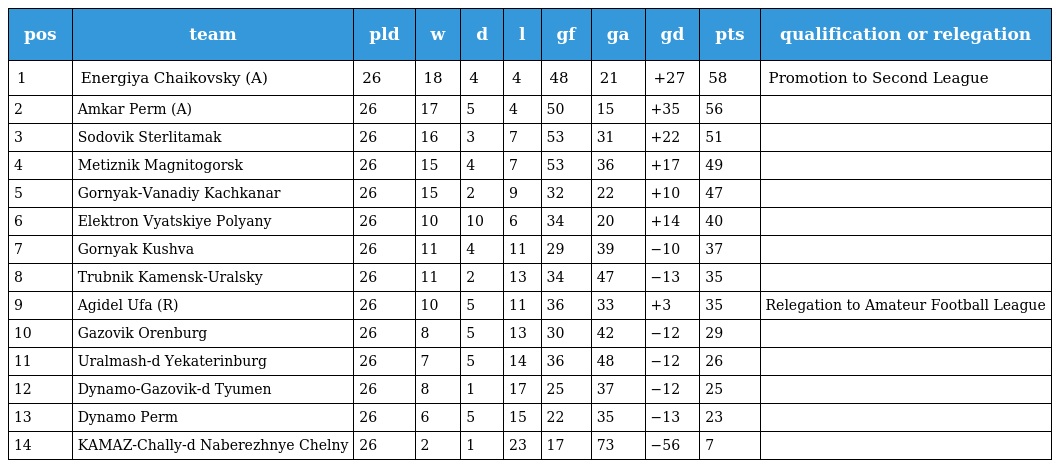
| pos | team | pld | w | d | l | gf | ga | gd | pts | qualification or relegation |
 | --- | --- | --- | --- | --- | --- | --- | --- | --- | --- | --- |
 | 1 | Energiya Chaikovsky (A) | 26 | 18 | 4 | 4 | 48 | 21 | +27 | 58 | Promotion to Second League |
 | 2 | Amkar Perm (A) | 26 | 17 | 5 | 4 | 50 | 15 | +35 | 56 |  |
 | 3 | Sodovik Sterlitamak | 26 | 16 | 3 | 7 | 53 | 31 | +22 | 51 |  |
 | 4 | Metiznik Magnitogorsk | 26 | 15 | 4 | 7 | 53 | 36 | +17 | 49 |  |
 | 5 | Gornyak-Vanadiy Kachkanar | 26 | 15 | 2 | 9 | 32 | 22 | +10 | 47 |  |
 | 6 | Elektron Vyatskiye Polyany | 26 | 10 | 10 | 6 | 34 | 20 | +14 | 40 |  |
 | 7 | Gornyak Kushva | 26 | 11 | 4 | 11 | 29 | 39 | −10 | 37 |  |
 | 8 | Trubnik Kamensk-Uralsky | 26 | 11 | 2 | 13 | 34 | 47 | −13 | 35 |  |
 | 9 | Agidel Ufa (R) | 26 | 10 | 5 | 11 | 36 | 33 | +3 | 35 | Relegation to Amateur Football League |
 | 10 | Gazovik Orenburg | 26 | 8 | 5 | 13 | 30 | 42 | −12 | 29 |  |
 | 11 | Uralmash-d Yekaterinburg | 26 | 7 | 5 | 14 | 36 | 48 | −12 | 26 |  |
 | 12 | Dynamo-Gazovik-d Tyumen | 26 | 8 | 1 | 17 | 25 | 37 | −12 | 25 |  |
 | 13 | Dynamo Perm | 26 | 6 | 5 | 15 | 22 | 35 | −13 | 23 |  |
 | 14 | KAMAZ-Chally-d Naberezhnye Chelny | 26 | 2 | 1 | 23 | 17 | 73 | −56 | 7 |  |